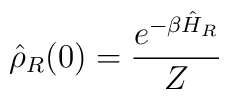
\hat{\rho}_R(0) = \frac{e^{-\beta \hat{H}_R}}{Z}